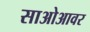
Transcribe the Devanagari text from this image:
साओआवर